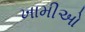
ખામીઓ